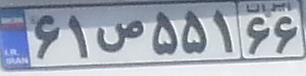
۶۱ص۵۵۱۶۶